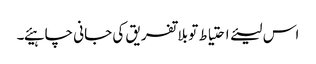
اس لیئے احتیاط تو بلا تفریق کی جانی چاہیئے۔